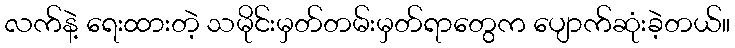
လက်နဲ့ ရေးထားတဲ့ သမိုင်းမှတ်တမ်းမှတ်ရာတွေက ပျောက်ဆုံးခဲ့တယ်။